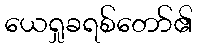
ယေရှုခရစ်တော်၏